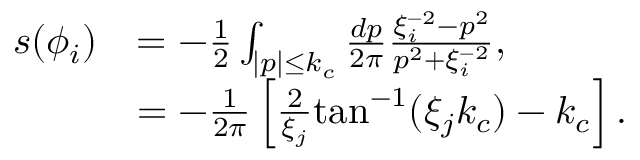
\begin{array} { r l } { s ( \phi _ { i } ) } & { = - \frac { 1 } { 2 } \int _ { | p | \leq k _ { c } } \frac { d p } { 2 \pi } \frac { \xi _ { i } ^ { - 2 } - p ^ { 2 } } { p ^ { 2 } + \xi _ { i } ^ { - 2 } } , } \\ & { = - \frac { 1 } { 2 \pi } \left[ \frac { 2 } { \xi _ { j } } \mathrm { t a n } ^ { - 1 } ( \xi _ { j } k _ { c } ) - k _ { c } \right] . } \end{array}